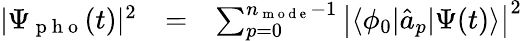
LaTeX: \begin{array}{ccl}{|\Psi_{\mathrm{~p~h~o~}}(t)|^{2}}&{=}&{\sum_{p=0}^{n_{\mathrm{~m~o~d~e~}}-1}\left|\langle\phi_{0}|\hat{a}_{p}|\Psi(t)\rangle\right|^{2}}\end{array}